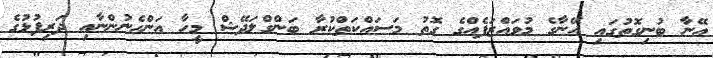
އޭނާ ބުނިގޮތުގައި އޭނާގެ މުވައްޒަފެއްގެ ގޮތު މަސައްކަތްކުރާ ބަންގްލަދޭޝް މީހާ އަންހެނުންނާއި ދަރިފުޅުގެ